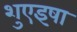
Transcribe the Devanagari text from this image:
शुएइषा